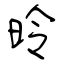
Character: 昤